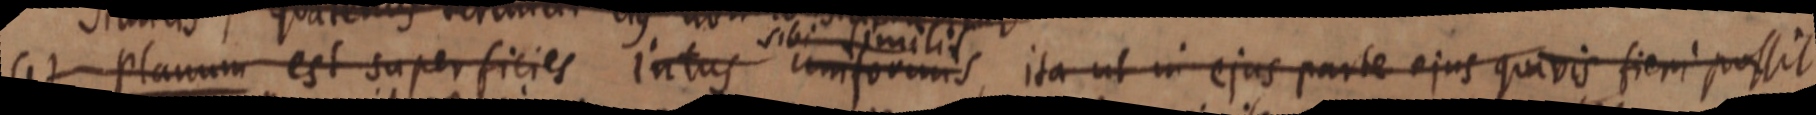
(1) Planum est superficies intus uniformis, ita ut in ejus parte ejus quivis fieri possit